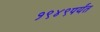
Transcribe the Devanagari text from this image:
१९४९पर्यंत